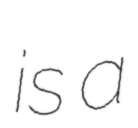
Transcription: is a